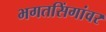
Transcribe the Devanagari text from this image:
भगतसिंगांवर